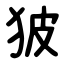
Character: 狓